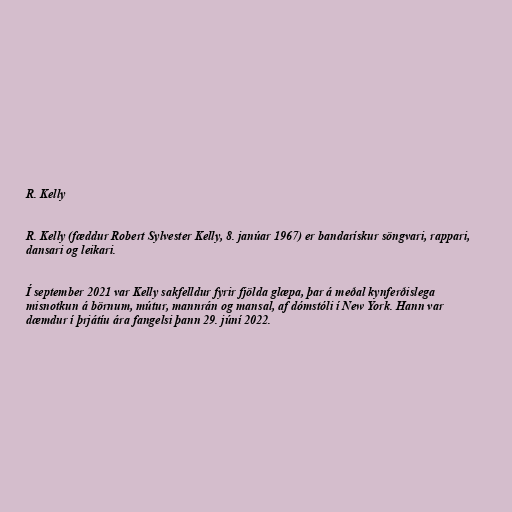
R. Kelly

R. Kelly (fæddur Robert Sylvester Kelly, 8. janúar 1967) er bandarískur söngvari, rappari,
dansari og leikari.

Í september 2021 var Kelly sakfelldur fyrir fjölda glæpa, þar á meðal kynferðislega
misnotkun á börnum, mútur, mannrán og mansal, af dómstóli í New York. Hann var
dæmdur í þrjátíu ára fangelsi þann 29. júní 2022.